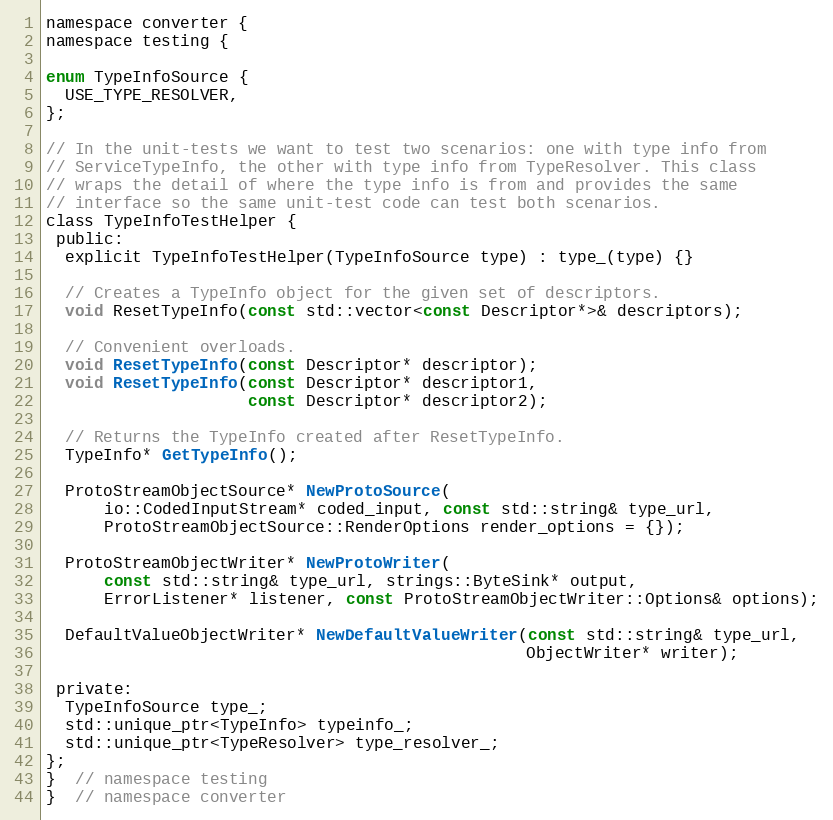
Language: C
namespace converter {
namespace testing {

enum TypeInfoSource {
  USE_TYPE_RESOLVER,
};

// In the unit-tests we want to test two scenarios: one with type info from
// ServiceTypeInfo, the other with type info from TypeResolver. This class
// wraps the detail of where the type info is from and provides the same
// interface so the same unit-test code can test both scenarios.
class TypeInfoTestHelper {
 public:
  explicit TypeInfoTestHelper(TypeInfoSource type) : type_(type) {}

  // Creates a TypeInfo object for the given set of descriptors.
  void ResetTypeInfo(const std::vector<const Descriptor*>& descriptors);

  // Convenient overloads.
  void ResetTypeInfo(const Descriptor* descriptor);
  void ResetTypeInfo(const Descriptor* descriptor1,
                     const Descriptor* descriptor2);

  // Returns the TypeInfo created after ResetTypeInfo.
  TypeInfo* GetTypeInfo();

  ProtoStreamObjectSource* NewProtoSource(
      io::CodedInputStream* coded_input, const std::string& type_url,
      ProtoStreamObjectSource::RenderOptions render_options = {});

  ProtoStreamObjectWriter* NewProtoWriter(
      const std::string& type_url, strings::ByteSink* output,
      ErrorListener* listener, const ProtoStreamObjectWriter::Options& options);

  DefaultValueObjectWriter* NewDefaultValueWriter(const std::string& type_url,
                                                  ObjectWriter* writer);

 private:
  TypeInfoSource type_;
  std::unique_ptr<TypeInfo> typeinfo_;
  std::unique_ptr<TypeResolver> type_resolver_;
};
}  // namespace testing
}  // namespace converter